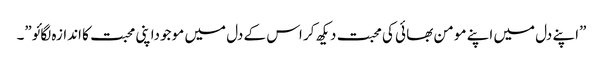
”اپنے دل میں اپنے مو من بھا ئی کی محبت دیکھ کر اس کے دل میں مو جوداپنی محبت کا اندازہ لگائو”۔